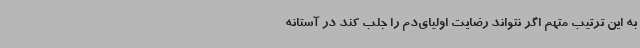
به این ترتیب متهم اگر نتواند رضایت اولیای‌دم را جلب کند در آستانه